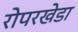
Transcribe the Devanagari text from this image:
रोपरखेडा